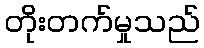
တိုးတက်မှုသည်